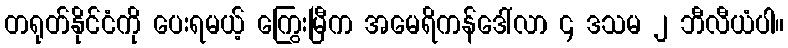
တရုတ်နိုင်ငံကို ပေးရမယ့် ကြွေးမြီက အမေရိကန်ဒေါ်လာ ၄ ဒသမ ၂ ဘီလီယံပါ။